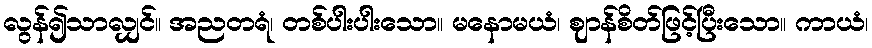
လွန်၍သာလျှင်။ အညတရံ၊ တစ်ပါးပါးသော။ မနောမယံ၊ ဈာန်စိတ်ဖြင့်ပြီးသော။ ကာယံ၊